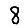
Digit: 8